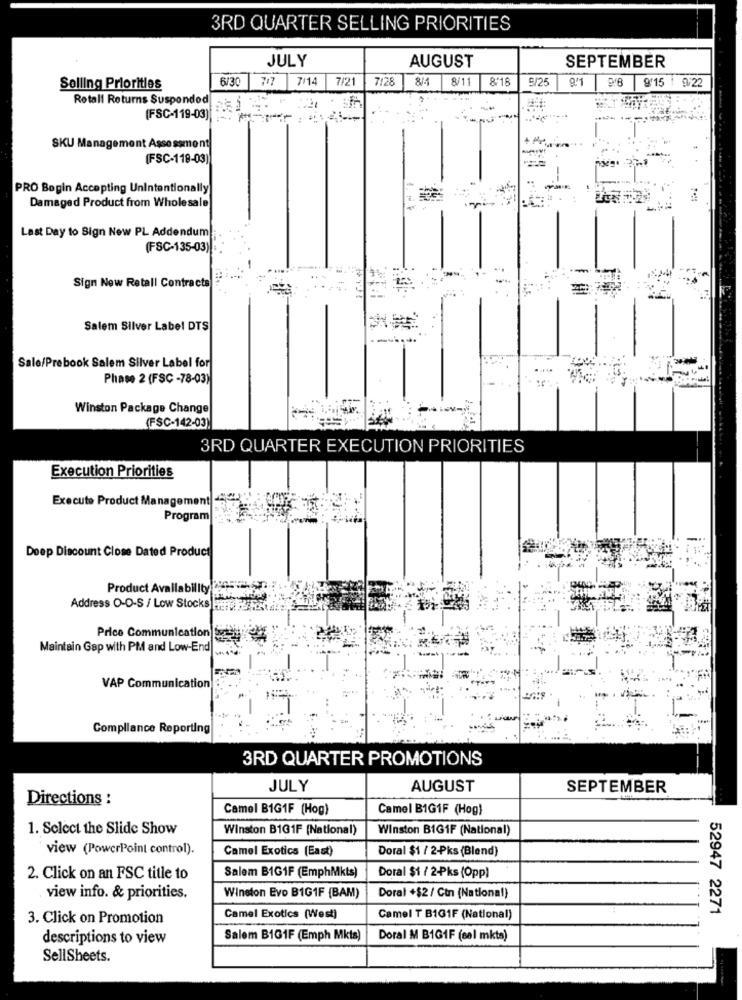
3RD QUARTER SELLING PRIORITIES
JULY
AUGUST
SEPTEMBER
6/30
7/14
7/21
7/28
8/4
8/11
8:18
9/25
9'15 ! 9/22
Selling Priorities
747
Rotall Returns Suspondod
(FSC-119-03)
SKU Management Assessment
(FSC-118-03)
PRO Bogin Accepting Unintentionally
Damaged Product from Whole sale
Last Day to Sign New PL Addendum
(FSC-135-03):
Sign New Retall Contracts
Salem Silver Label DTS
---
Sale/Prebook Salem Silver Label for
Phase 2 (FSC -78-03)
Winston Package Change
(FSC-142-03)
3RD QUARTER EXECUTION PRIORITIES
Execution Priorities
Execute Product Management
Program
Deep Discount Close Dated Product
Product Availability
Address O-O-S / Low Stocks att
Price Communication Sa
Maintain Gap with PM and Low-End
VAP Communication
Compliance Reporting
3RD QUARTER PROMOTIONS
JULY
AUGUST
SEPTEMBER
Directions :
Camel B1G1F (Hog)
Camel B1G1F (Hog)
1. Select the Slide Show
Winston B1G1F (National)
Winston BIG1F (National)
view (PowerPoint control).
Camel Exotics (East)
Doral $1 / 2-Pks (Blend)
2. Click on an FSC title to
Salem B1G1F (EmphMkts)
Doral $1 / 2-ks (Opp)
view info. & priorities.
Winston Evo B1G1F (BAM)
Doral +$2 / Ctn (National)
52947 2271
3. Click on Promotion
Camel Exotics (West)
Camel T B131F (National)
descriptions to view
Salem B1G1F (Emph Mkts)
Doral M B1GIF (sal mkta)
SellSheets.